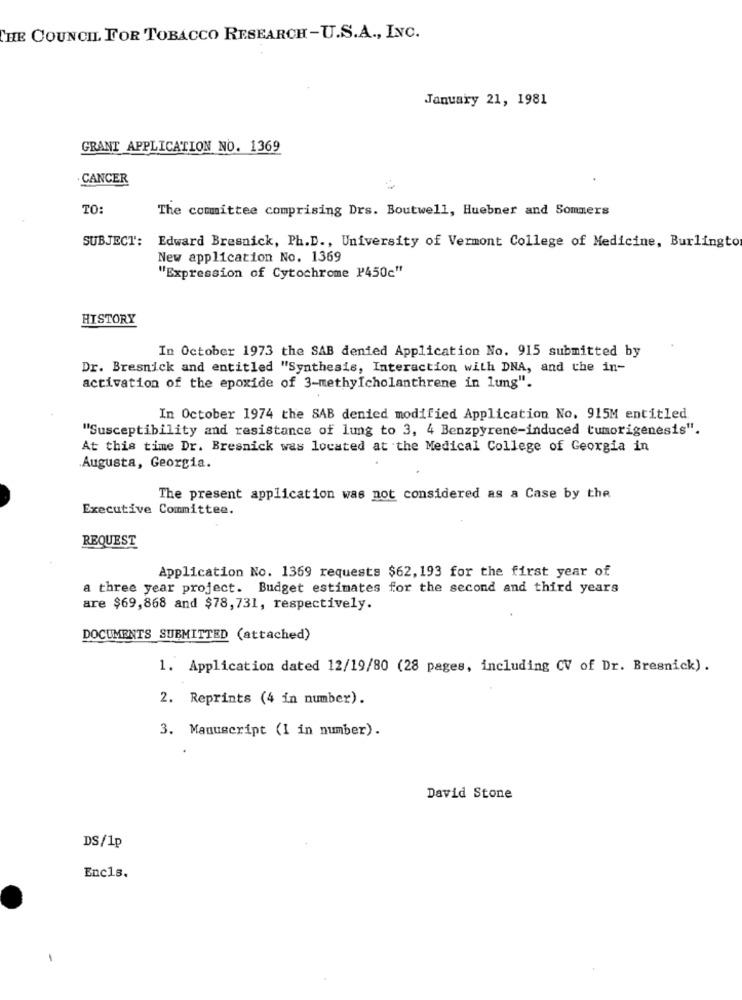
THE COUNCIL FOR TOBACCO RESEARCH-U.S.A ., INC.
January 21, 1981
GRANT APPLICATION NO. 1369
CANCER
TO
The committee comprising Drs. Boutwell, Huebner and Sommers
SUBJECT:
Edward Bresnick, Ph.D ., University of Vermont College of Medicine, Burlingto
New application No. 1369
"Expression of Cytochrome P450c"
HISTORY
In October 1973 the SAB denied Application No. 915 submitted by
Dr. Bresnick and entitled "Synthesis, Interaction with DNA, and the in-
activation of the epoxide of 3-methyIcholanthrene in lung".
In October 1974 the SAB denied modified Application No. 915M entitled
"Susceptibility and resistance of lung to 3, 4 Benzpyrene-induced tumorigenesis".
At this time Dr. Bresnick was located at the Medical College of Georgia in
Augusta, Georgia.
The present application was not considered as a Case by the
Executive Committee.
REQUEST
Application No. 1369 requests $62, 193 for the first year of
a three year project. Budget estimates for the second and third years
are $69,868 and $78,731, respectively.
DOCUMENTS SUBMITTED (attached)
1. Application dated 12/19/80 (28 pages, including CV of Dr. Bresnick).
2. Reprints (4 in number).
3. Manuscript (I in number).
David Stone
DS/1p
Encls.